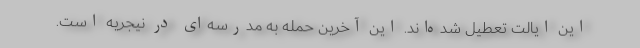
این ایالت تعطیل شده‌اند. این آخرین حمله به مدرسه‌ای در نیجریه است.